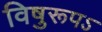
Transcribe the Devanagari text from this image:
विषुरूपऽ